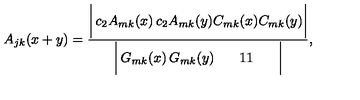
A _ { j k } ( x + y ) = { \frac { \biggl | \begin{matrix} { c _ { 2 } A _ { m k } ( x ) } & { c _ { 2 } A _ { m k } ( y ) } \\ { C _ { m k } ( x ) } & { C _ { m k } ( y ) } \\ \end{matrix} \biggr | } { \biggl | \begin{matrix} { G _ { m k } ( x ) } & { G _ { m k } ( y ) } \\ { 1 } & { 1 } \\ \end{matrix} \biggr | } } ,